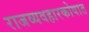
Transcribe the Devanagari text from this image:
राजव्यवहारकोषात